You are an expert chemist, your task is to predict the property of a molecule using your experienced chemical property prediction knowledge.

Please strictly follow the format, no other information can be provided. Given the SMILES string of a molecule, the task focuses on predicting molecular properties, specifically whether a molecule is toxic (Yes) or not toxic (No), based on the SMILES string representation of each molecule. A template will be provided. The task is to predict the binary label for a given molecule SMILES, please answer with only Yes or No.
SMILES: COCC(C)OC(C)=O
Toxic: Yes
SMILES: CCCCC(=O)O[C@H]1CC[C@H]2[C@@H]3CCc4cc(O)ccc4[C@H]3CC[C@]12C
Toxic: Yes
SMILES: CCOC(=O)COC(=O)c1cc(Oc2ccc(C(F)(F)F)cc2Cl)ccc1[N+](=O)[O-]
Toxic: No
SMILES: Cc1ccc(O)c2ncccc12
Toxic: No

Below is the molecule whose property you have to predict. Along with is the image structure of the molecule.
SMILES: CCCCS
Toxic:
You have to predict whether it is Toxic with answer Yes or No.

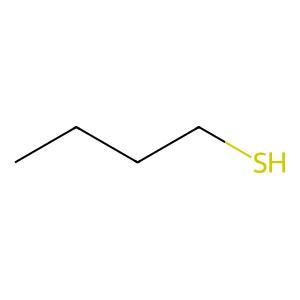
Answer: No